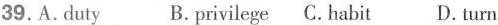
39.A.duty B.privilege C. habit D.turn